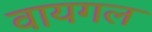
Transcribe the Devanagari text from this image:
वायगल